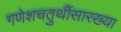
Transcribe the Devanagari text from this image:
गणेशचतुर्थीसारख्या